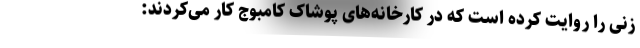
زنی را روایت کرده است که در کارخانه‌های پوشاک کامبوج کار می‌کردند: